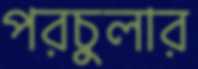
পরচুলার